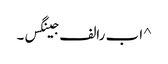
^ ا ب رالف جینگس۔